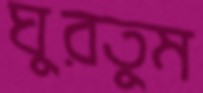
ঘুরতুম